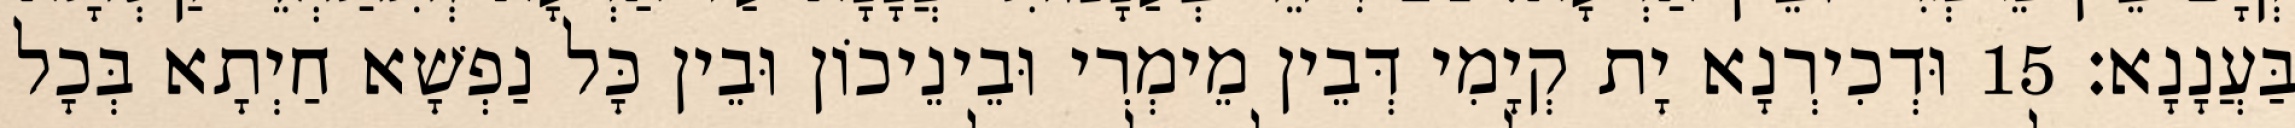
בַּעֲנָנָא׃ 15 וּדְכִירְנָא יָת קְיָמִי דְּבֵין מֵימְרִי וּבֵינֵיכוֹן וּבֵין כָּל נַפְשָׁא חַיְתָא בְּכָל